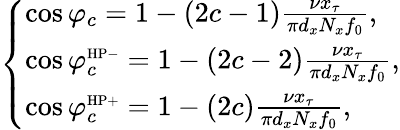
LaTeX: \left\{ \begin{array}{ll}{\cos\varphi_{c}=1-(2c-1)\frac{\nu x_{\tau}}{\pi d_{x}N_{x}f_{0}},}\\ {\cos\varphi_{c}^{\mathrm{\scriptscriptstyle{HP-}}}=1-(2c-2)\frac{\nu x_{\tau}}{\pi d_{x}N_{x}f_{0}},}\\ {\cos\varphi_{c}^{\mathrm{\scriptscriptstyle{HP+}}}=1-(2c)\frac{\nu x_{\tau}}{\pi d_{x}N_{x}f_{0}},}\end{array}\right.